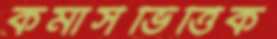
কমার্সভিত্তিক